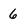
Character: 6